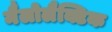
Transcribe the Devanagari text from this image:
मैलोलैक्टिक